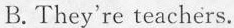
B.They're teachers.